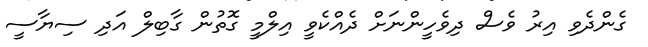
ގެންދެވި އިރު ވެސް ދިވެހީންނަށް ދެއްކެވީ އިލްމީ ގޮތުން ގާބިލް އަދި ސިޔާސީ